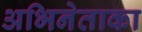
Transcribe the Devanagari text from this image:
अभिनेताका